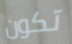
تكون